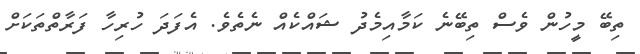
ތިބޭ މީހުން ވެސް ތިބޭނެ ކަމާއިމެދު ޝައްކެއް ނެތެވެ. އެފަދަ ހުރިހާ ފަރާތްތަކަށް